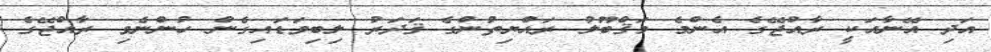
އަދި އޭނާއަކީ ރާއްޖޭގެ އެންމެ މަޤްބޫލު ރައްޔިތުންގެ ޤަދަރު ލިބިވަޑައިގެން ހުންނެވި ރާއްޖޭގެ